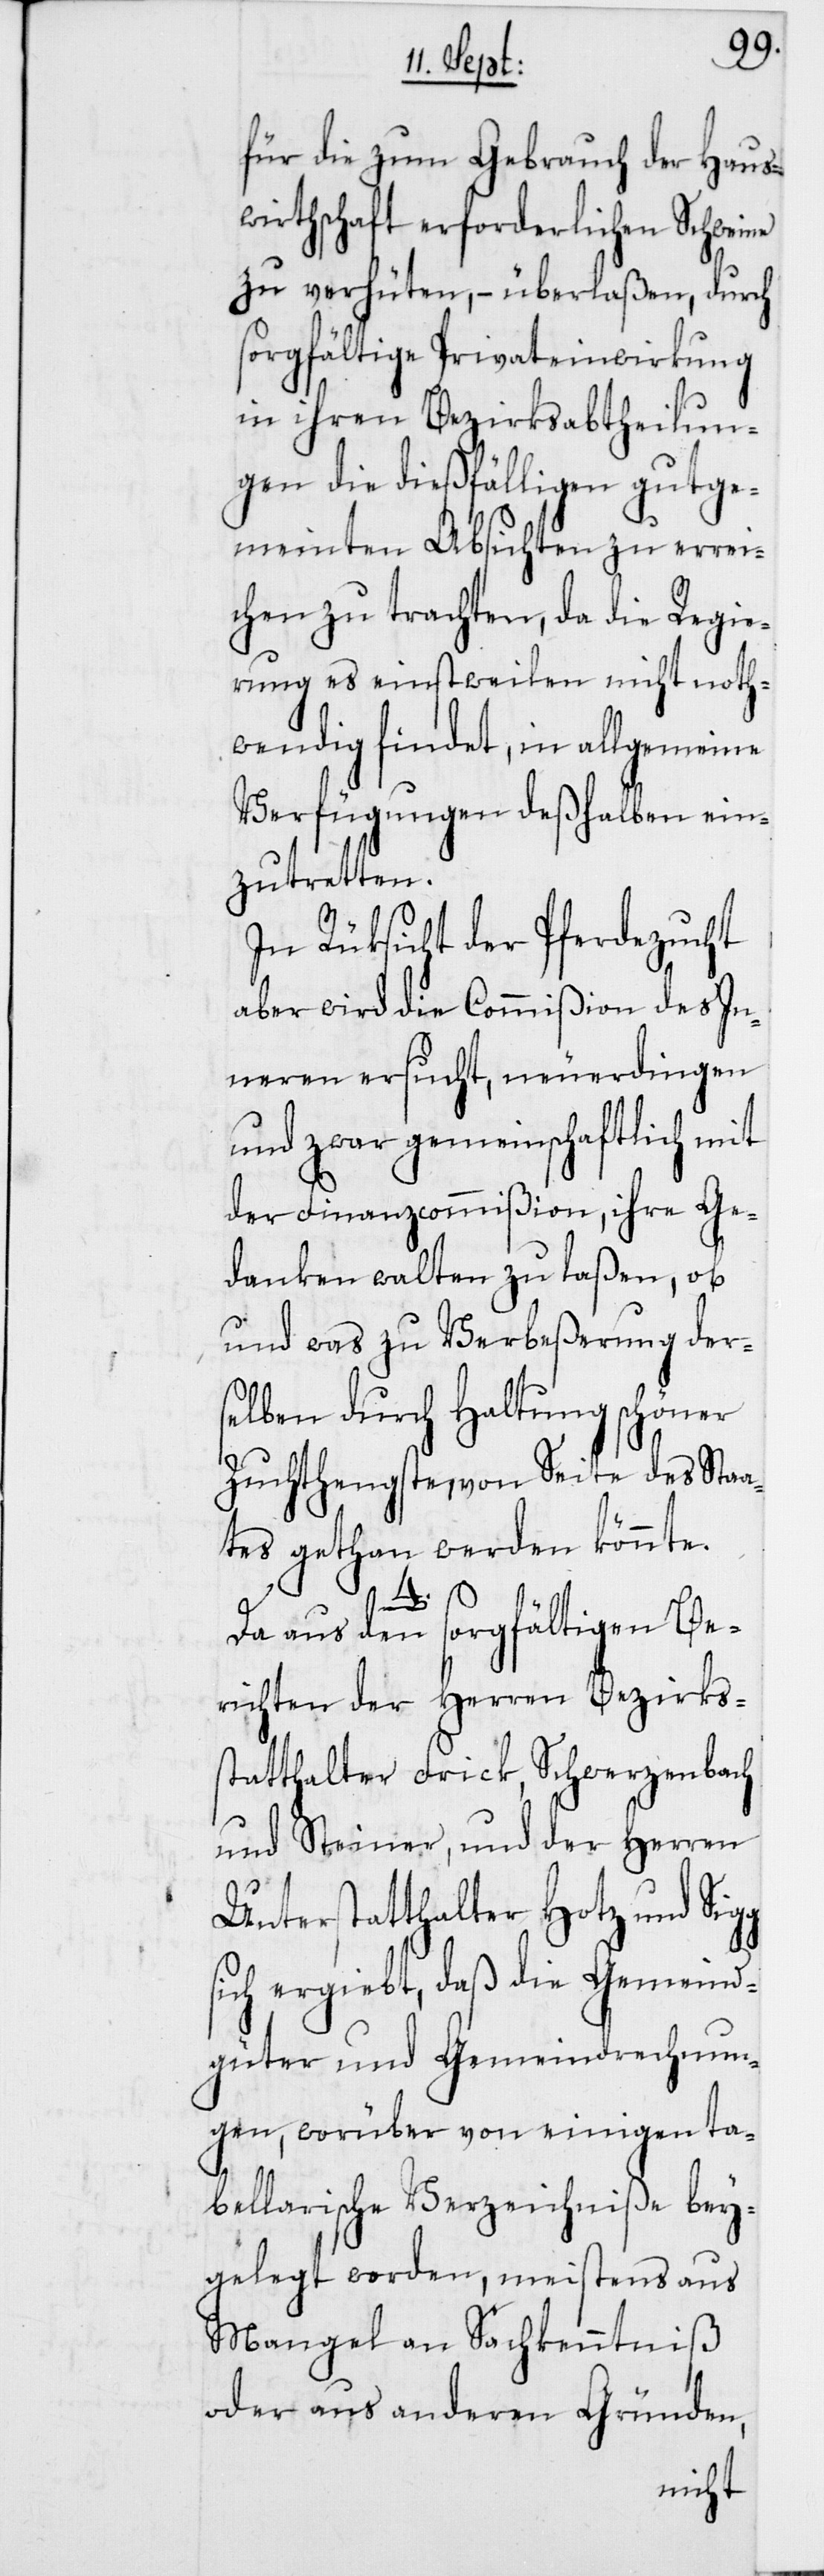
für die zum Gebrauch der Haus¬
wirthschaft erforderlichen Schweine
zu verhüten, – überlaßen, durch
sorgfältige Privateinwirkung
in ihren Bezirksabtheilun¬
gen die dießfälligen gutge¬
meinten Absichten zu errei¬
chen zu trachten, da die Regie¬
rung es einstweilen nicht noth¬
wendig findet, in allgemeine
Verfügungen deßhalben ein¬
zutretten.
In Rüksicht der Pferdezucht
aber wird die Commißion des In¬
neren ersucht, neuerdingen
und zwar gemeinschaftlich mit
der Finanzcommißion, ihre Ge¬
danken walten zu laßen, ob
und was zu Verbeßerung der¬
selben durch Haltung schöner
Zuchthengste, von Seite des Staa¬
tes gethan werden könnte.
4.
Da aus den sorgfältigen Be¬
richten der Herren Bezirkss¬
tatthalter Frick, Schwerzenbach
und Steiner, und der Herren
Unterstatthalter Hotz und Sigg
sich ergiebt, daß die Gemeind¬
güter und Gemeindrechnun¬
gen, worüber von einigen ta¬
bellarischen Verzeichniße bey¬
gelegt worden, meistens aus
Mangel an Sachkenntniß
oder aus anderen Gründen,